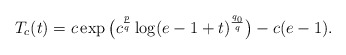
\begin{align*} T_c(t)=c\exp\big(c^\frac{p}{q}\log(e-1+t)^\frac{q_0}{q}\big)-c(e-1).\end{align*}